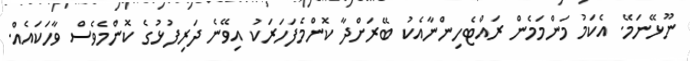
ނޫޅޭނަމޭ. އެކަމު މަންމަމެން ރައްޓެހިންނާއެކު ބޭރަށްދާ ކޮންމެފަހަރަކު އިވޭނެ ދަރިފުޅުގެ ކޮންމެވެސް ވާހަކައެއް.